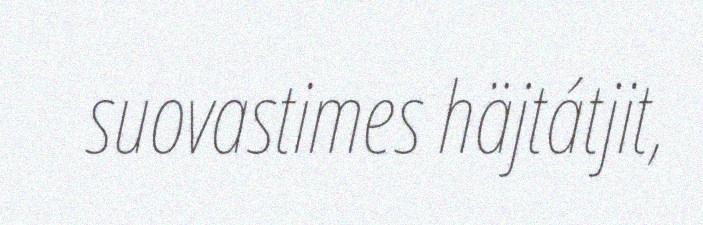
suovastimes häjtátjit,